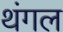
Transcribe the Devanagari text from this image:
थंगल